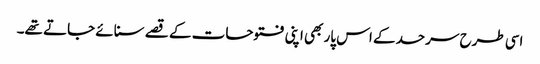
اسی طرح سرحد کے اس پار بھی اپنی فتوحات کے قصے سنائے جاتے تھے۔